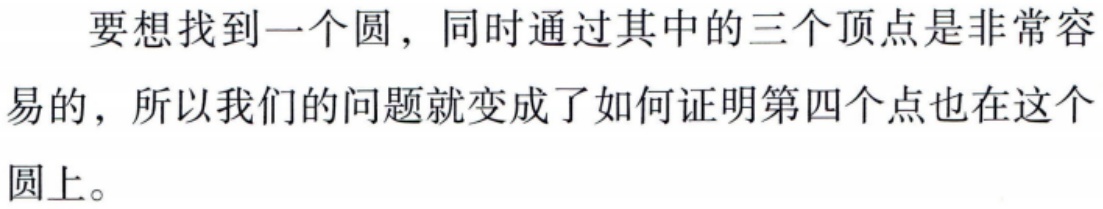
要想找到一个圆，同时通过其中的三个顶点是非常容易的，所以我们的问题就变成了如何证明第四个点也在这个圆上。